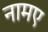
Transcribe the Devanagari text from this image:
नामए